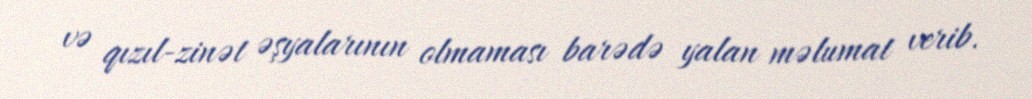
və qızıl-zinət əşyalarının olmaması barədə yalan məlumat verib.